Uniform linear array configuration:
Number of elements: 8
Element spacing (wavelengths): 0.75
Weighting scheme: blackman
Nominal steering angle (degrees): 45
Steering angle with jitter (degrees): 44.465
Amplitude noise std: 0.05
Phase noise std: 0.05

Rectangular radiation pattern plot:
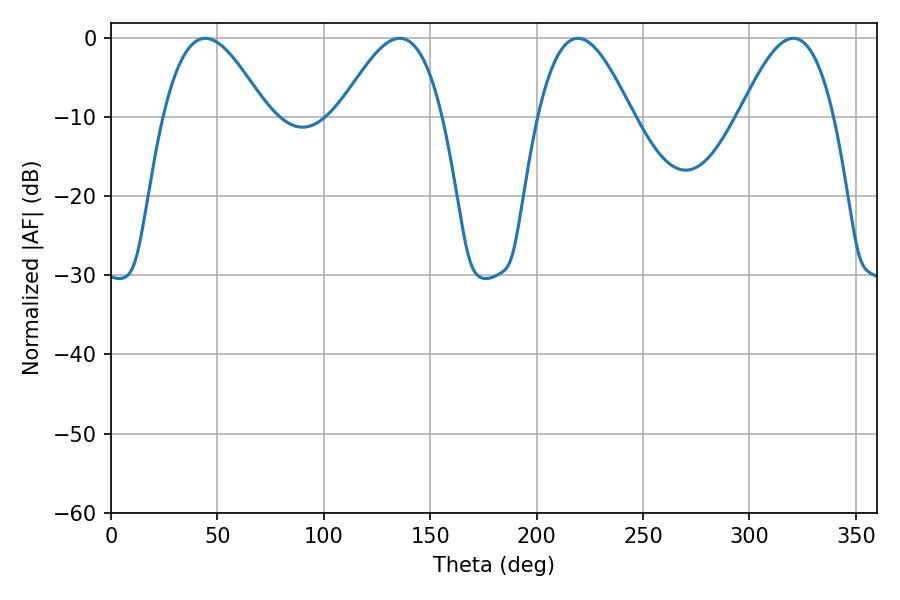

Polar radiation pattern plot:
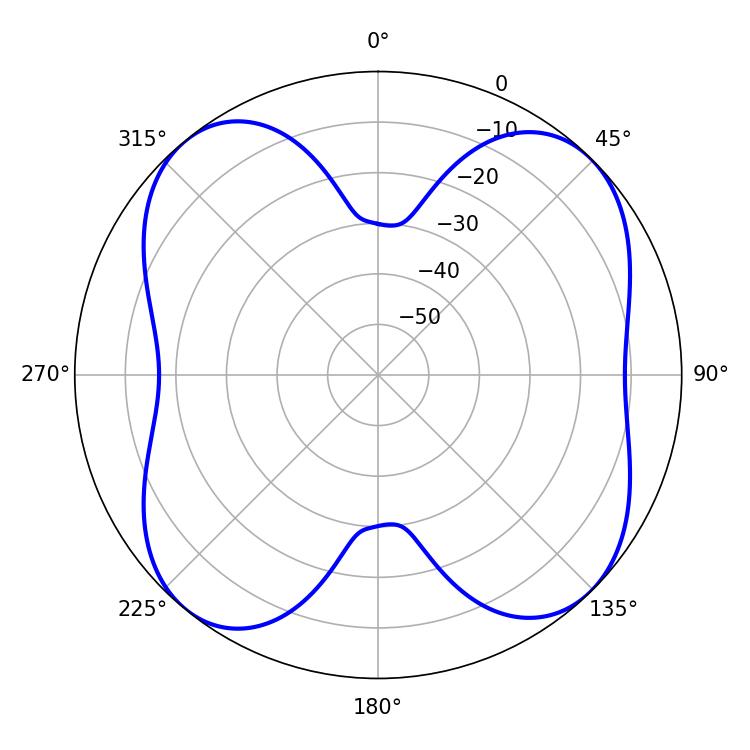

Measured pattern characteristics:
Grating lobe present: TRUE
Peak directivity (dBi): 11.461
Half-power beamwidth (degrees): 23.94
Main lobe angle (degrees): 219.42